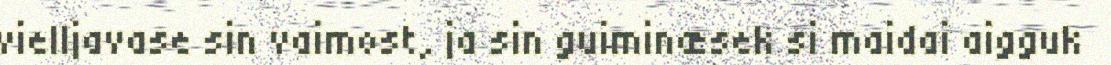
vielljavase sin vaimost, ja sin guiminæsek si maidai aigguk